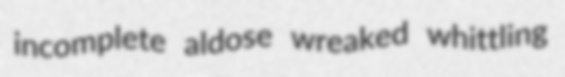
incomplete aldose wreaked whittling